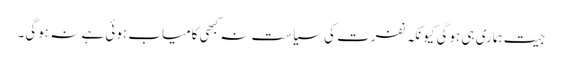
جیت ہماری ہی ہوگی کیونکہ نفرت کی سیاست نہ کبھی کامیاب ہوئی ہے نہ ہوگی۔